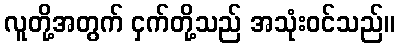
လူတို့အတွက် ငှက်တို့သည် အသုံးဝင်သည်။